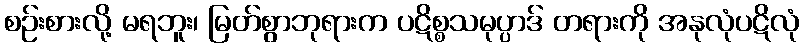
စဉ်းစားလို့ မရဘူး၊ မြတ်စွာဘုရားက ပဋိစ္စသမုပ္ပာဒ် တရားကို အနုလုံပဋိလုံ